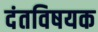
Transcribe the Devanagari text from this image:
दंतविषयक